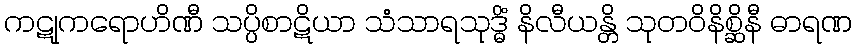
ကဋုကရောဟိဏီ သပ္ပိစာဋိယာ သံသာရသုဒ္ဓိံ နိလီယန္တိ သုတဝိနိစ္ဆိနီ ဓာရဏ